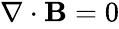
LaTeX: \begin{array}{r}{\nabla\cdot\mathbf{B}=0}\end{array}